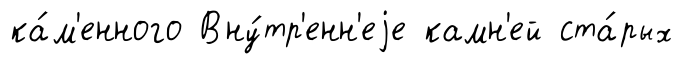
ка́м'енного Вну́тр'енн'еjе камн'ей ста́рых